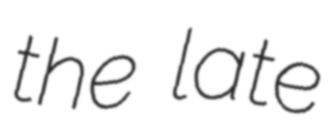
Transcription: the late